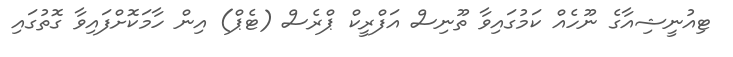
ޓިއުނީޝިއާގެ ނޫހެއް ކަމުގައިވާ ތޫނިސް އަފްރީކް ޕްރެސް (ޓެޕް) އިން ހާމަކޮށްފައިވާ ގޮތުގައި